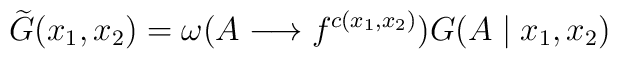
\widetilde{G}(x_{1}, x_{2}) = \omega(A \longrightarrow f^{c(x_{1},x_{2})}) G(A \mid x_{1}, x_{2})